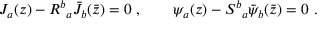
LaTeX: J _ { a } ( z ) - { R ^ { b } } _ { a } { \bar { J } } _ { b } ( \bar { z } ) = 0 ~ , \qquad \psi _ { a } ( z ) - { S ^ { b } } _ { a } { \bar { \psi } } _ { b } ( \bar { z } ) = 0 ~ .